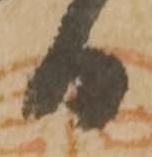
日